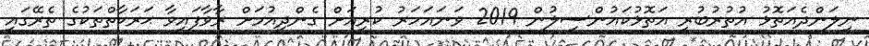
ނިލަންދެއަތޮޅު އުތުރުބުރީ އަތޮޅުކައުންސިލުން 2019 ވަނައަހަރު ކުރިއަށް ގެންދިއުމަށް ރާވާފައިވާ ޙަރަކާތްތަކުގެ ތެރޭގައި